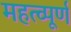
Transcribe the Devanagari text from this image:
महत्‍व्‍पूर्ण